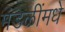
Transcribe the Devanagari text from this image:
मंडळींमधे